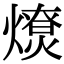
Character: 𤐗